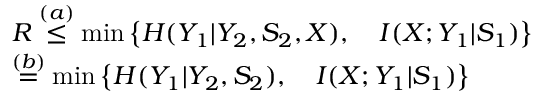
\begin{array} { r l } & { R \overset { ( a ) } { \leq } \operatorname* { m i n } \big \{ H ( Y _ { 1 } | Y _ { 2 } , S _ { 2 } , X ) , \quad I ( X ; Y _ { 1 } | S _ { 1 } ) \big \} } \\ & { \overset { ( b ) } { = } \operatorname* { m i n } \big \{ H ( Y _ { 1 } | Y _ { 2 } , S _ { 2 } ) , \quad I ( X ; Y _ { 1 } | S _ { 1 } ) \big \} } \end{array}